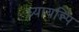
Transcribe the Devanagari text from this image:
ध्यायन्न्पि